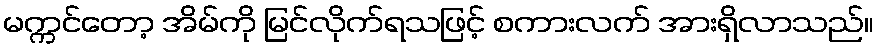
မက္ကင်တော့ အိမ်ကို မြင်လိုက်ရသဖြင့် စကားလက် အားရှိလာသည်။